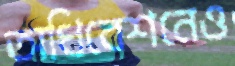
অধিবেশনেও